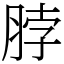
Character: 脖